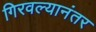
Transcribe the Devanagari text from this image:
गिरवल्यानंतर